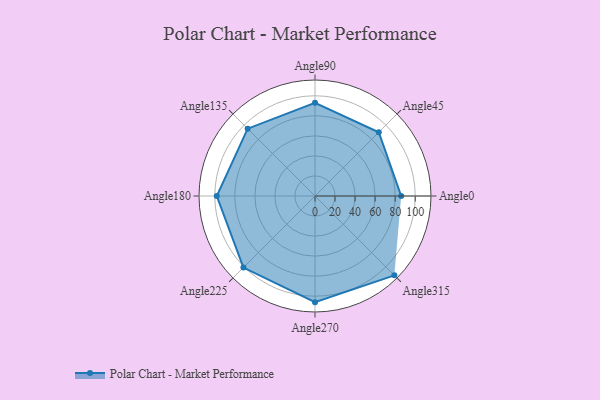
{"axis": {"x": "Angle", "y": "Radius"}, "legend": [""], "data": [{"x": "Angle0", "y": 86.0, "type": ""}, {"x": "Angle45", "y": 90.0, "type": ""}, {"x": "Angle90", "y": 93.0, "type": ""}, {"x": "Angle135", "y": 95.0, "type": ""}, {"x": "Angle180", "y": 98.0, "type": ""}, {"x": "Angle225", "y": 101.0, "type": ""}, {"x": "Angle270", "y": 106.0, "type": ""}, {"x": "Angle315", "y": 112.0, "type": ""}]}